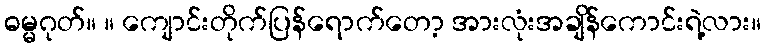
ဓမ္မဂုတ်။ ။ ကျောင်းတိုက်ပြန်ရောက်တော့ အားလုံးအချိန်ကောင်းရဲ့လား။